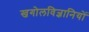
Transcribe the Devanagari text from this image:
खगोलविज्ञानियों